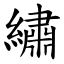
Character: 繡